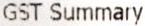
GST SUMMARY